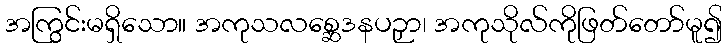
အကြွင်းမရှိသော။ အကုသလစ္ဆေဒနပဉှာ၊ အကုသိုလ်ကိုဖြတ်တော်မူ၍